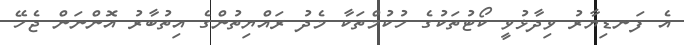
އެ ފަނޑިޔާރު ވިދާޅުވީ ކޯޓުތަކުގެ ހުކުމްތަކާ މެދު ރައްޔިތުންގެ އިތުބާރު އޮންނަން ޖެހޭ